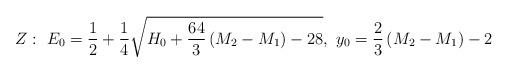
LaTeX: \begin{align*}Z:~E_0={1\over 2}+{1\over 4}\sqrt{H_0+{64\over 3}\left(M_2-M_1\right)-28},~y_0={2\over 3}\left(M_2-M_1\right)-2\end{align*}